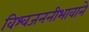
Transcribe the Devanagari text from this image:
विश्वजननीभावाने